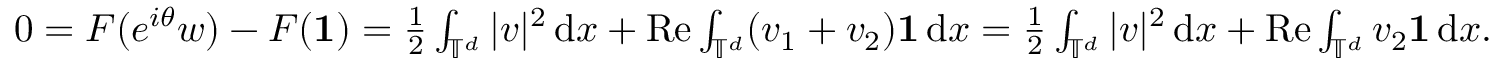
\begin{array} { r } { 0 = F ( e ^ { i { \theta } } w ) - F ( \mathbf 1 ) = \frac 1 2 \int _ { \mathbb { T } ^ { d } } | v | ^ { 2 } \, { \mathrm { d } } x + \mathrm { R e } \int _ { \mathbb { T } ^ { d } } ( v _ { 1 } + v _ { 2 } ) \mathbf 1 \, { \mathrm { d } } x = \frac 1 2 \int _ { \mathbb { T } ^ { d } } | v | ^ { 2 } \, { \mathrm { d } } x + \mathrm { R e } \int _ { \mathbb { T } ^ { d } } v _ { 2 } \mathbf 1 \, { \mathrm { d } } x . } \end{array}